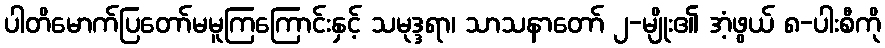
ပါတိမောက်ပြတော်မမူကြကြောင်းနှင့် သမုဒ္ဒရာ၊ သာသနာတော် ၂-မျိုး၏ အံ့ဖွယ် ၈-ပါးစီကို